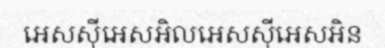
អេសស៊ីអេសអិលអេសស៊ីអេសអិន